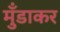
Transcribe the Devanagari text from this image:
मुँडाकर